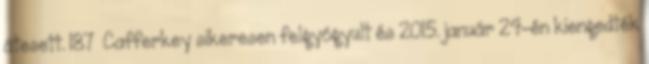
átesett. 187 Cafferkey sikeresen felgyógyult és 2015. január 24-én kiengedték